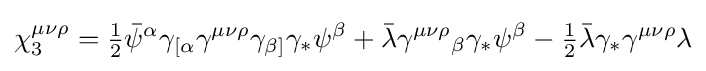
\chi _{3}^{\mu \nu \rho }={\tfrac {1}{2}}{\bar {\psi }}^{\alpha }\gamma _{[\alpha }\gamma ^{\mu \nu \rho }\gamma _{\beta ]}\gamma _{*}\psi ^{\beta }+{\bar {\lambda }}\gamma ^{\mu \nu \rho }{}_{\beta }\gamma _{*}\psi ^{\beta }-{\tfrac {1}{2}}{\bar {\lambda }}\gamma _{*}\gamma ^{\mu \nu \rho }\lambda